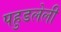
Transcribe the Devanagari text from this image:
पहुडलेली